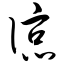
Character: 谅